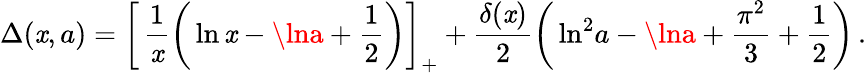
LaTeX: \Delta(\mathit{x},a)=\left[\, \frac{{1}}{{\mathit{x}}}\bigg(\ln\mathit{x}-\lna+\frac{1}{2}\bigg)\right]_{+}+\frac{{\delta(\mathit{x})}}{{2}}\bigg(\ln^{2}\! a-\lna+\frac{{\pi^{2}}}{{3}}+\frac{1}{2}\bigg)\, .